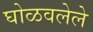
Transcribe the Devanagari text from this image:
घोळवलेले